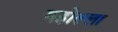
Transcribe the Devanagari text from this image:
महोल्ला